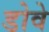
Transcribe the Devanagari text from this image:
डोवे